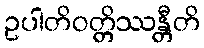
ဥပါတိဝတ္တိဿန္တီတိ